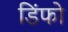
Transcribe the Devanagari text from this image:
डिंफो